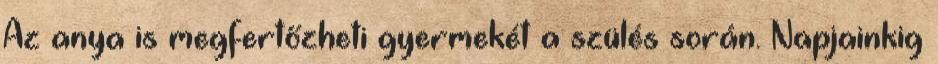
Az anya is megfertőzheti gyermekét a szülés során. Napjainkig